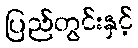
ပြည်တွင်းနှင့်